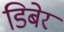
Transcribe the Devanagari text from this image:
डिबेर